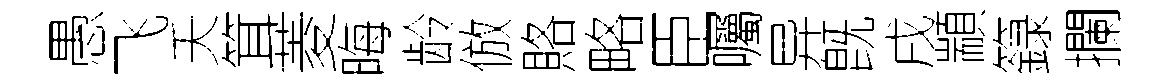
愚飞夭䇯菱晦龄倣賂略臣囑异旣戌顓籙攔